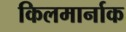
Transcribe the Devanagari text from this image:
किलमार्नाक